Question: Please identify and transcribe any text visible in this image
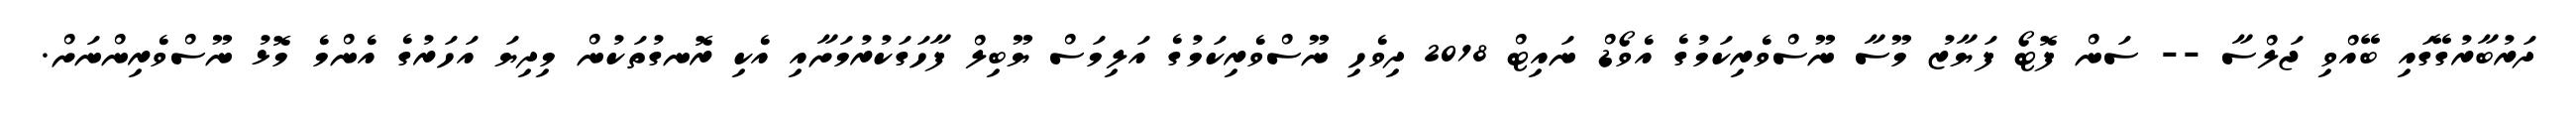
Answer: ދަރުބާރުގޭގައި ބޭއްވި ޖަލްސާ -- ސަން ފޮޓޯ ފަޔާޒު މޫސާ ނޫސްވެރިކަމުގެ އެވޯޑް ނައިޓް 2018 ދިވެހި ނޫސްވެރިކަމުގެ އަލިމަސް ޔޫބިލް ފާހަގަކުރުމަށާއި އެކި ރޮނގުތަކުން މިދިޔަ އަހަރުގެ އެންމެ މޮޅު ނޫސްވެރިންނަށް.